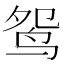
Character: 鸳